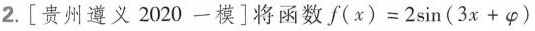
2.[贵州遵义2020一模]将函数$$f ( x ) = 2 sin ( 3 x + \varphi )$$